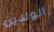
الولدين